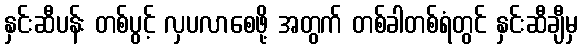
နှင်းဆီပန်း တစ်ပွင့် လှပလာစေဖို့ အတွက် တစ်ခါတစ်ရံတွင် နှင်းဆီချီမှ